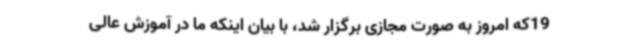
19که امروز به صورت مجازی برگزار شد، با بیان اینکه ما در آموزش عالی